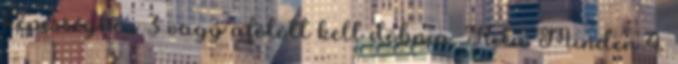
képességhez 3 vagy afölött kell dobnia. Rita Minden 4.